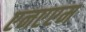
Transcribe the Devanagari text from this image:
एनएएम